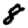
Digit: 8